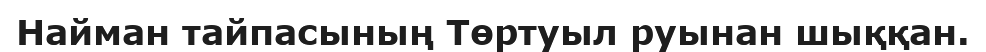
Найман тайпасының Төртуыл руынан шыққан.